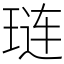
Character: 琏